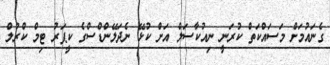
ގެނައުމަށް މަސައްކަތް ކުރަނީ ނިއުކާސަލް އަށް ކުޅޭ ނެދަލޭންޑްސްގެ ކީޕަރު ޓިމް ކްރުލް